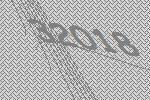
32018